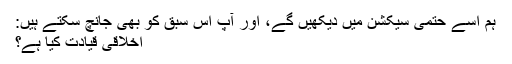
ہم اسے حتمی سیکشن میں دیکھیں گے، اور آپ اس سبق کو بھی جانچ سکتے ہیں:
اخلاقی قیادت کیا ہے؟